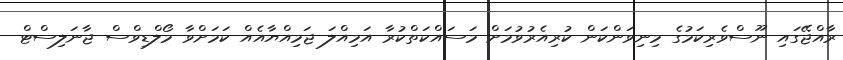
ރާއްޖޭގައި ނޫސްވެރިކަމުގެ މިނިވަންކަން ކުރިއެރުވުމަށް މަސައްކަތްކުރާ އަމިއްލަ ޖަމިއްޔާއެއް ކަމަށްވާ މޯލްޑިވްސް ޖާނަލިސްޓް